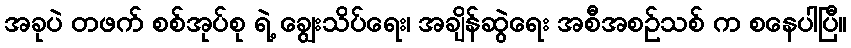
အခုပဲ တဖက် စစ်အုပ်စု ရဲ့ ချွေးသိပ်ရေး၊ အချိန်ဆွဲရေး အစီအစဉ်သစ် က စနေပါပြီ။